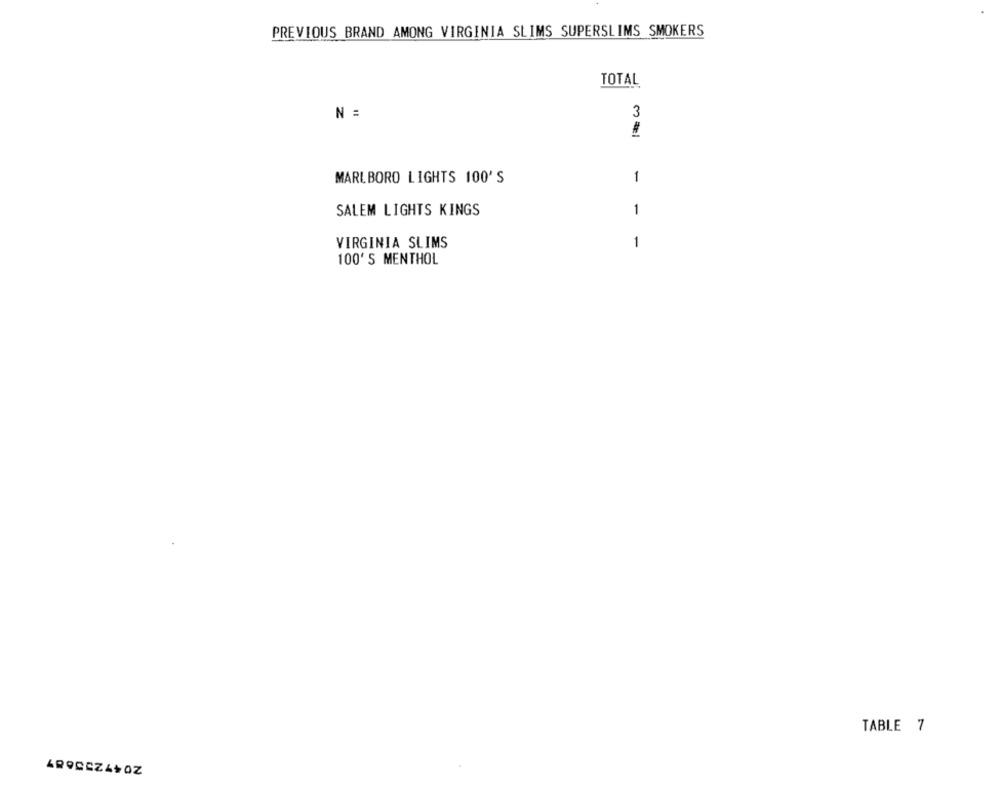
PREVIOUS BRAND AMONG VIRGINIA SLIMS SUPERSLIMS SMOKERS
TOTAL
N =
3
#
MARLBORO LIGHTS 100'S
1
SALEM LIGHTS KINGS
1
VIRGINIA SLIMS
1
100' S MENTHOL
TABLE 7